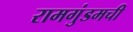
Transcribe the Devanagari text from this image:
रामगुंडमची